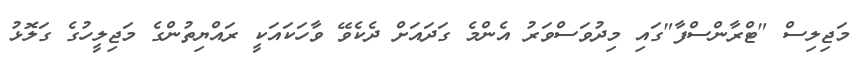
މަޖިލިސް "ޓްރާންސްފާ"ގައި މިދުވަސްވަރު އެންމެ ގަދައަށް ދެކެވޭ ވާހަކައަކީ ރައްޔިތުންގެ މަޖިލީހުގެ ގަލޮޅު